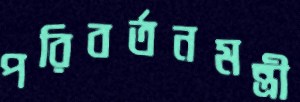
পরিবর্তনমন্ত্রী